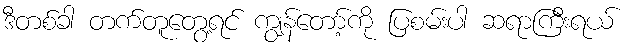
ဒီတစ်ခါ တက်တူတွေ့ရင် ကျွန်တော့်ကို ပြစမ်းပါ ဆရာကြီးရယ်